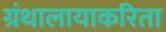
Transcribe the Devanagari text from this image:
ग्रंथालायाकरिता